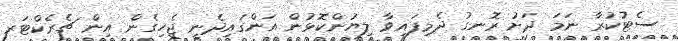
ސެޓުކުރާ ނަމަ ދަށު ރޮނގު ދެމިފައިވާ ލިޔުންކޮޅުން އަންގައިދެނީ ޖެހިގެން އިން ޗެރެކްޓަރ